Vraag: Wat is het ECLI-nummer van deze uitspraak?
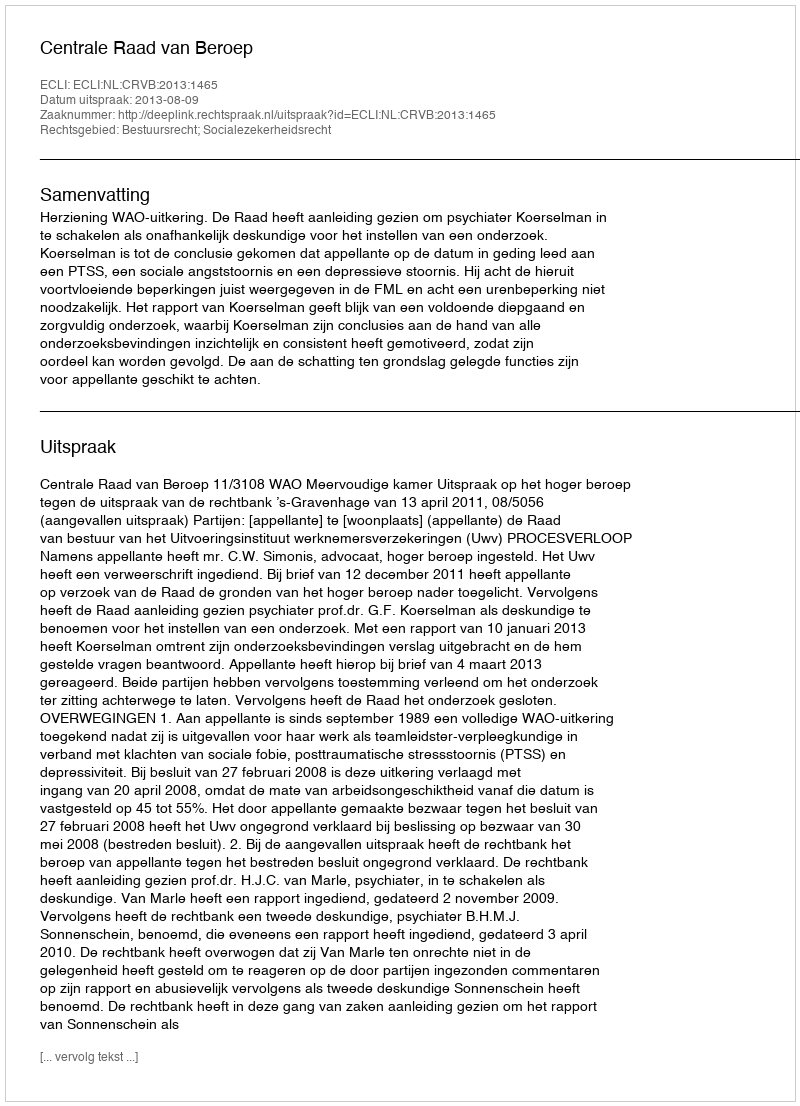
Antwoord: ECLI:NL:CRVB:2013:1465